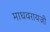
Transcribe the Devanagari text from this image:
माधवरायजी